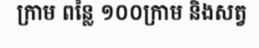
ក្រាម ពន្លៃ ១០០ក្រាម និងសត្វ